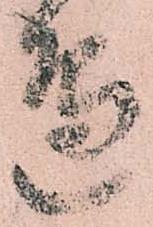
邊